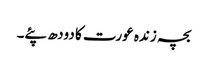
بچہ زندہ عورت کا دودھ پئے۔